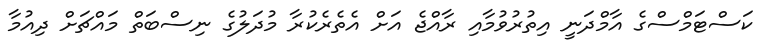
ކަސްޓަމްސްގެ އާމްދަނީ އިތުރުވުމާއި ރާއްޖެ އަށް އެތެރެކުރާ މުދަލުގެ ނިސްބަތް މައްޗަށް ދިއުމާ